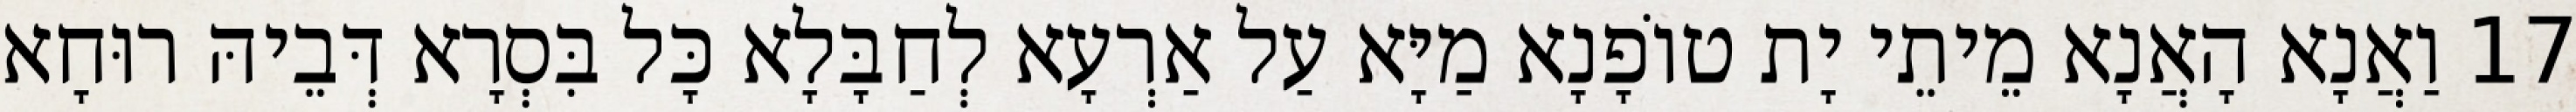
17 וַאֲנָא הָאֲנָא מֵיתֵי יָת טוֹפָנָא מַיָּא עַל אַרְעָא לְחַבָּלָא כָּל בִּסְרָא דְּבֵיהּ רוּחָא